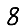
Digit: 8